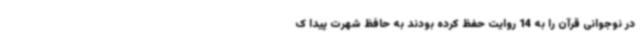
در نوجوانی قرآن را به 14 روایت حفظ کرده بودند به حافظ شهرت پیدا ک